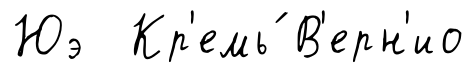
Юэ Кр'емь́ В'ерн'ио